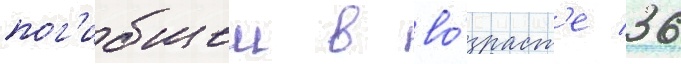
пог'ибшеи в во́зраст'е 36